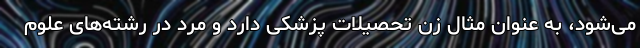
می‌شود، به عنوان مثال زن تحصیلات پزشکی دارد و مرد در رشته‌های علوم